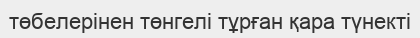
төбелерінен төнгелі тұрған қара түнекті